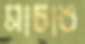
মাচাঙ